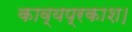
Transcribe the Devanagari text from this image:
काव्यप्रकाश।